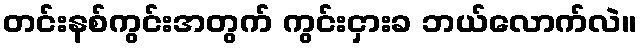
တင်းနစ်ကွင်းအတွက် ကွင်းငှားခ ဘယ်လောက်လဲ။